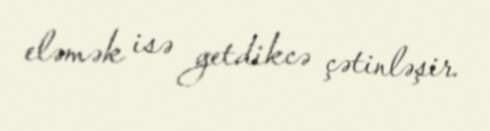
eləmək isə getdikcə çətinləşir.